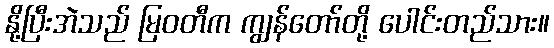
နို့ပြီးအဲသည် မြဝတီက ကျွန်တော်တို့ ပေါင်းတည်သား။